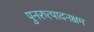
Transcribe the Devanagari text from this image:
पुनरुत्पादनक्षम